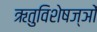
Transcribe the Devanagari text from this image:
ऋतुविशेषज्ञों